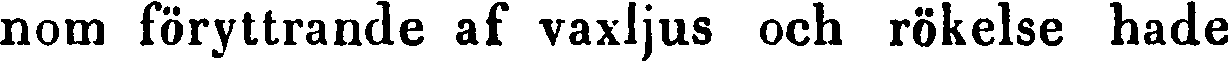
nom föryttrande af vaxljus och rökelse hade